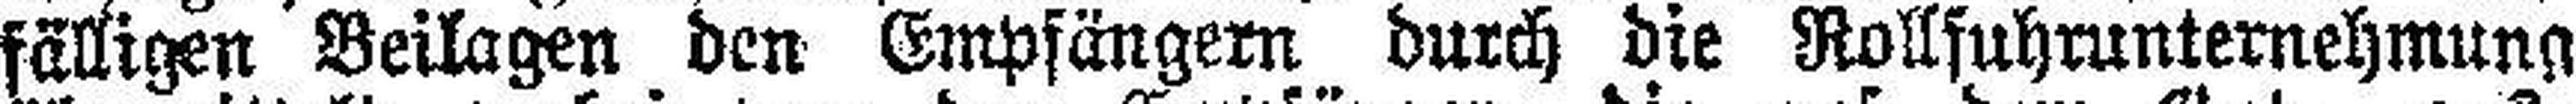
fälligen Beilagen den Empfängern durch die Rollfuhrunternehmung